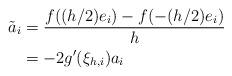
LaTeX: \begin{align*}\tilde a_i&=\frac{f((h/2)e_i)-f(-(h/2)e_i)}{h}\\&=-2g'(\xi_{h,i})a_i\end{align*}